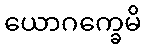
ယောဂက္ခေမိ